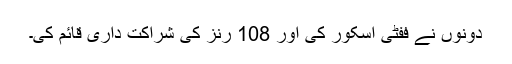
دونوں نے ففٹی اسکور کی اور 108 رنز کی شراکت داری قائم کی۔